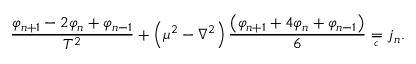
\frac { \varphi _ { n + 1 } - 2 \varphi _ { n } + \varphi _ { n - 1 } } { T ^ { 2 } } + \left( \mu ^ { 2 } - \nabla ^ { 2 } \right) \frac { \left( \varphi _ { n + 1 } + 4 \varphi _ { n } + \varphi _ { n - 1 } \right) } 6 = { } _ { { } _ { \! \! \! \! \! \! \! c } } \; \, j _ { n } .